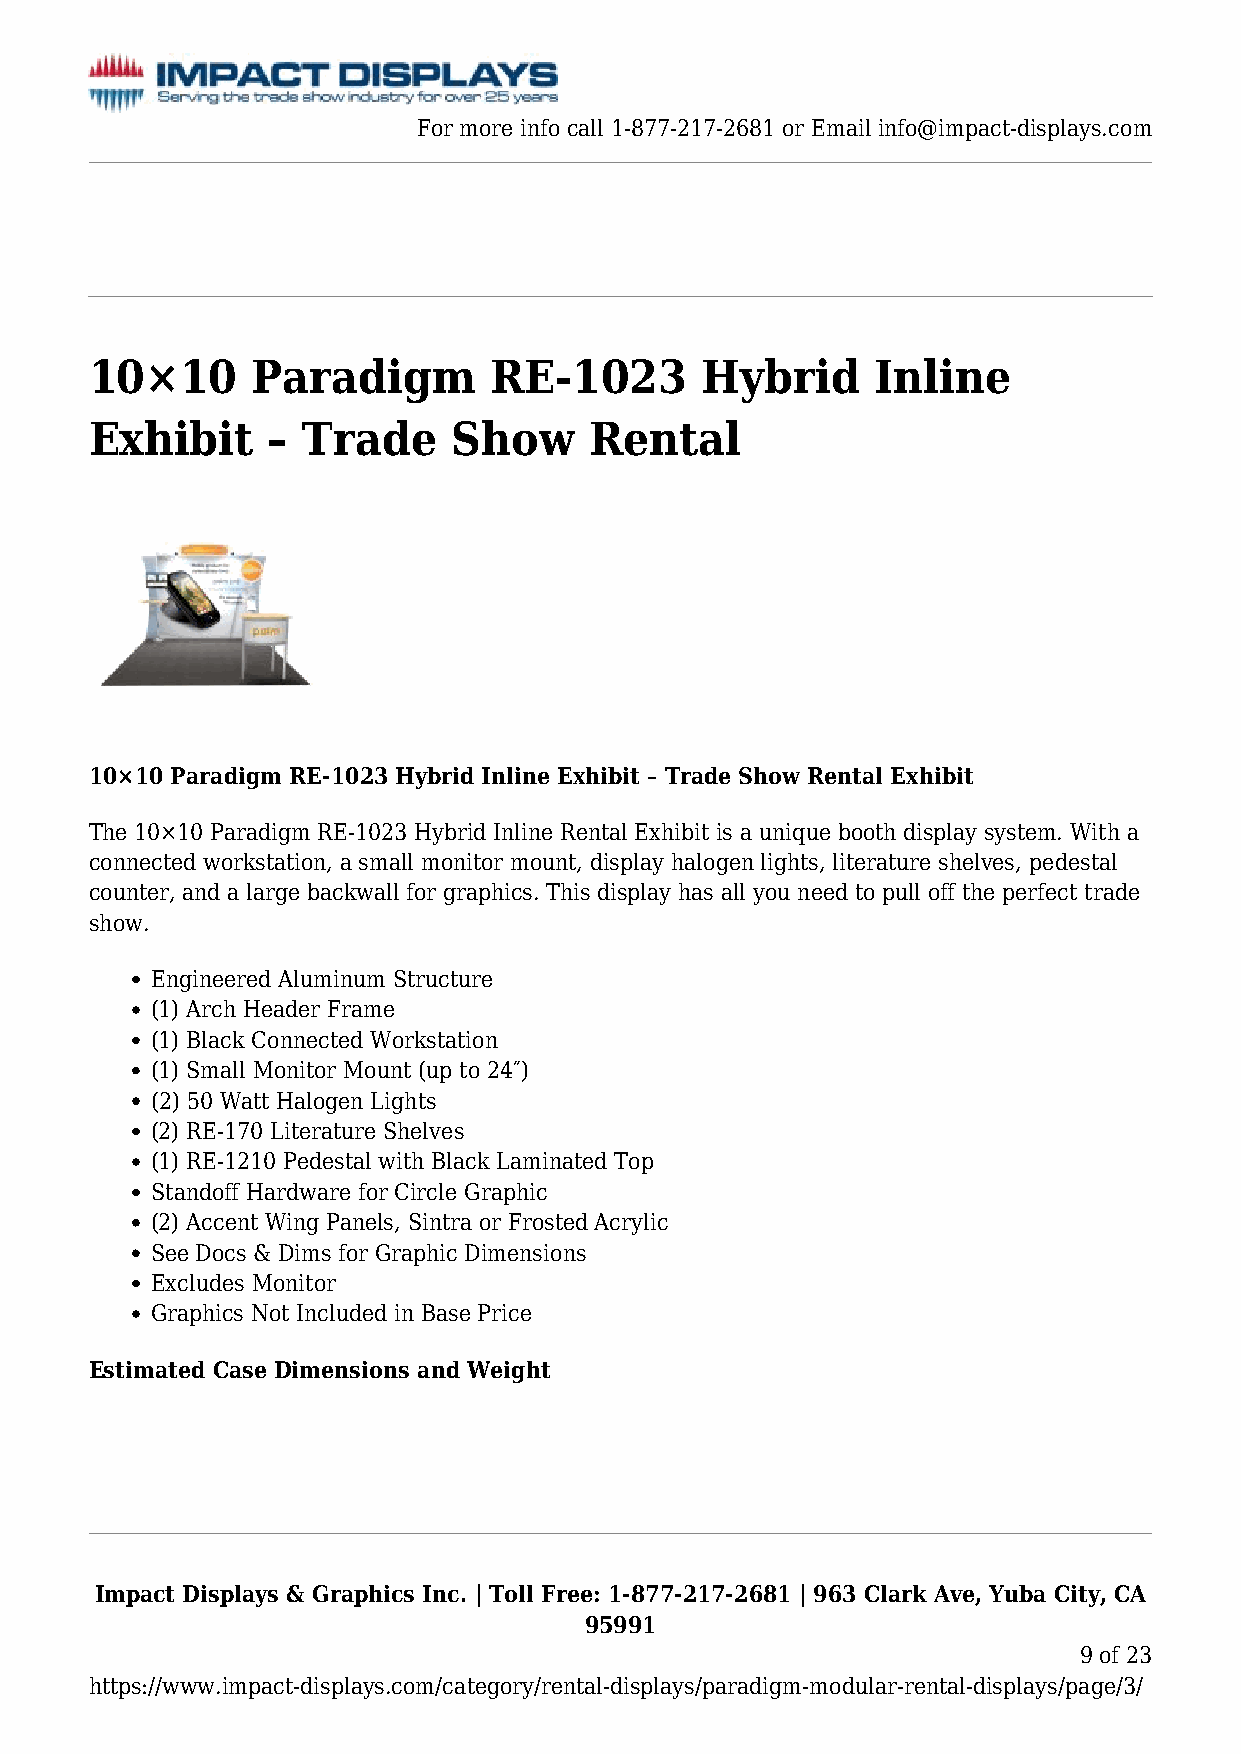
For more info call 1-877-217-2681 or Email info@impact-displays.com
 10×10      Paradigm       RE-1023       Hybrid      Inline
 Exhibit     – Trade     Show     Rental
 10×10 Paradigm RE-1023 Hybrid Inline Exhibit – Trade Show Rental Exhibit
 The 10×10 Paradigm RE-1023 Hybrid Inline Rental Exhibit is a unique booth display system. With a
 connected workstation, a small monitor mount, display halogen lights, literature shelves, pedestal
 counter, and a large backwall for graphics. This display has all you need to pull off the perfect trade
 show.
 Engineered Aluminum Structure
 (1) Arch Header Frame
 (1) Black Connected Workstation
 (1) Small Monitor Mount (up to 24″)
 (2) 50 Watt Halogen Lights
 (2) RE-170 Literature Shelves
 (1) RE-1210 Pedestal with Black Laminated Top
 Standoff Hardware for Circle Graphic
 (2) Accent Wing Panels, Sintra or Frosted Acrylic
 See Docs & Dims for Graphic Dimensions
 Excludes Monitor
 Graphics Not Included in Base Price
 Estimated Case Dimensions and Weight
 Impact Displays & Graphics Inc. | Toll Free: 1-877-217-2681 | 963 Clark Ave, Yuba City, CA
 95991
 9 of 23
 https://www.impact-displays.com/category/rental-displays/paradigm-modular-rental-displays/page/3/